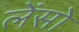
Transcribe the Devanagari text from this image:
लेंसो